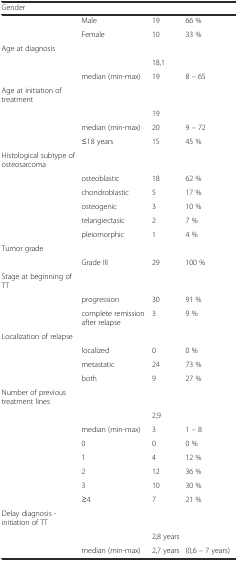
<table><thead><tr><td><b>Gender</b></td><td></td><td></td><td></td></tr></thead><tbody><tr><td></td><td>Male</td><td>19</td><td>66 %</td></tr><tr><td></td><td>Female</td><td>10</td><td>33 %</td></tr><tr><td>Age at diagnosis</td><td></td><td></td><td></td></tr><tr><td></td><td></td><td>18,1</td><td></td></tr><tr><td></td><td>median (min-max)</td><td>19</td><td>8 – 65</td></tr><tr><td>Age at initiation of treatment</td><td></td><td></td><td></td></tr><tr><td></td><td></td><td>19</td><td></td></tr><tr><td></td><td>median (min-max)</td><td>20</td><td>9 – 72</td></tr><tr><td></td><td>≤18 years</td><td>15</td><td>45 %</td></tr><tr><td>Histological subtype of osteosarcoma</td><td></td><td></td><td></td></tr><tr><td></td><td>osteoblastic</td><td>18</td><td>62 %</td></tr><tr><td></td><td>chondroblastic</td><td>5</td><td>17 %</td></tr><tr><td></td><td>osteogenic</td><td>3</td><td>10 %</td></tr><tr><td></td><td>telangiectasic</td><td>2</td><td>7 %</td></tr><tr><td></td><td>pleiomorphic</td><td>1</td><td>4 %</td></tr><tr><td>Tumor grade</td><td></td><td></td><td></td></tr><tr><td></td><td>Grade III</td><td>29</td><td>100 %</td></tr><tr><td>Stage at beginning of TT</td><td></td><td></td><td></td></tr><tr><td></td><td>progression</td><td>30</td><td>91 %</td></tr><tr><td></td><td>complete remission after relapse</td><td>3</td><td>9 %</td></tr><tr><td>Localization of relapse</td><td></td><td></td><td></td></tr><tr><td></td><td>localized</td><td>0</td><td>0 %</td></tr><tr><td></td><td>metastatic</td><td>24</td><td>73 %</td></tr><tr><td></td><td>both</td><td>9</td><td>27 %</td></tr><tr><td>Number of previous treatment lines</td><td></td><td></td><td></td></tr><tr><td></td><td></td><td>2,9</td><td></td></tr><tr><td></td><td>median (min-max)</td><td>3</td><td>1 – 8</td></tr><tr><td></td><td>0</td><td>0</td><td>0 %</td></tr><tr><td></td><td>1</td><td>4</td><td>12 %</td></tr><tr><td></td><td>2</td><td>12</td><td>36 %</td></tr><tr><td></td><td>3</td><td>10</td><td>30 %</td></tr><tr><td></td><td>≥4</td><td>7</td><td>21 %</td></tr><tr><td>Delay diagnosis - initiation of TT</td><td></td><td></td><td></td></tr><tr><td></td><td></td><td>2,8 years</td><td></td></tr><tr><td></td><td>median (min-max)</td><td>2,7 years</td><td>(0,6 – 7 years)</td></tr></tbody></table>